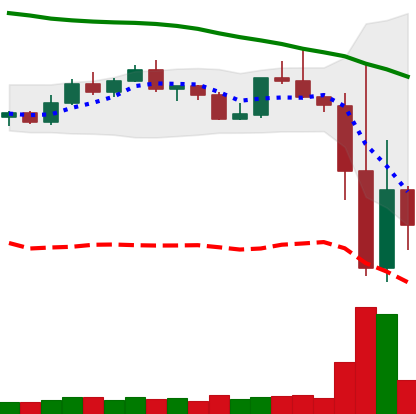
Ticker: TRX-USD
Chart end date: 2022-11-11
Forward return: -10.134%
Label: down_7plus